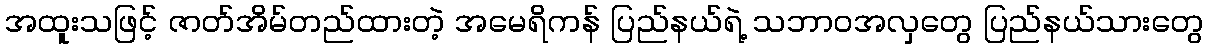
အထူးသဖြင့် ဇာတ်အိမ်တည်ထားတဲ့ အမေရိကန် ပြည်နယ်ရဲ့ သဘာဝအလှတွေ ပြည်နယ်သားတွေ